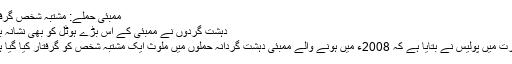
ممبئی حملے: مشتبہ شخص گرفتار
دہشت گردوں نے ممبئی کے اس بڑے ہوٹل کو بھی نشانہ بنایا
بھارت میں پولیس نے بتایا ہے کہ 2008ء میں ہونے والے ممبئی دہشت گردانہ حملوں میں ملوث ایک مشتبہ شخص کو گرفتار کیا گیا ہے۔